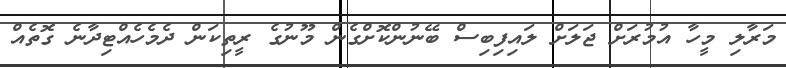
މަރާލި މީހާ އުމުރަށް ޖަލަށް ލައިފިބިސް ބޭނުންކޮށްގެން މޫނުގެ ރީތިކަން ދެމެހެއްޓިދާނެ ގޮތެއް